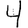
Digit: 4